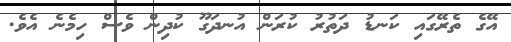
އޭގެ ތެރޭގައި ކަނޑު ދަތުރު ކުރަން އުނދަގޫ ކުދިން ވެސް ހިމެނެ އެވެ.